Sketch of the medical history of the native army of Bombay, for the year
Year: 1876
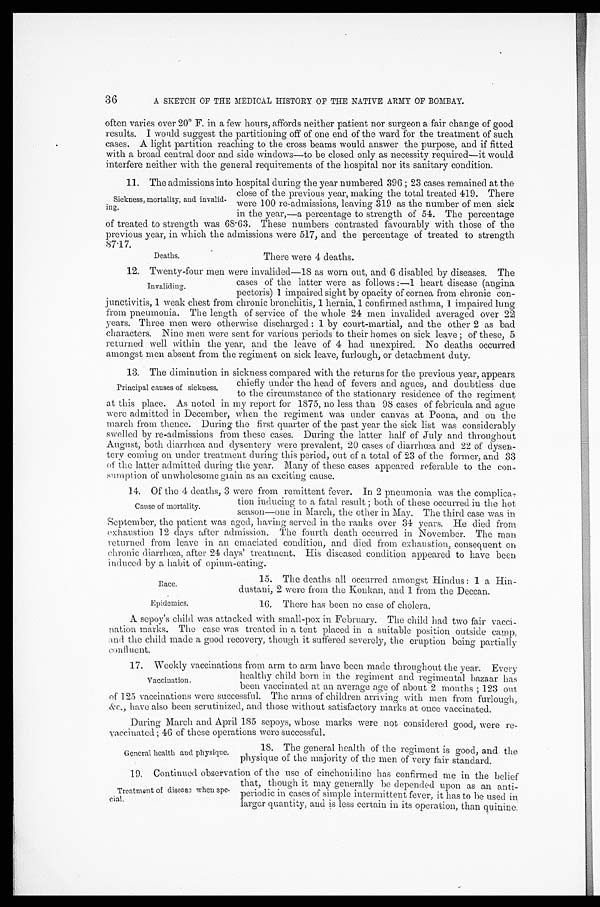
Deaths.
There were 4 deaths.
36
A SKETCH OF THE MEDICAL HISTORY OF THE NATIVE ARMY OF BOMBAY.
often varies over 20° F. in a few hours, affords neither patient nor surgeon a fair change of good
results. I would suggest the partitioning off of one end of the ward for the treatment of such
cases. A light partition reaching to the cross beams would answer the purpose, and if fitted
with a broad central door and side windows—to be closed only as necessity required—it would
interfere neither with the general requirements of the hospital nor its sanitary condition.
11. The admissions into hospital during the year numbered 396; 23 cases remained at the
close of the previous year, making the total treated 419. There
were 100 re-admissions, leaving 319 as the number of men sick
in the year,—a percentage to strength of 54. The percentage
of treated to strength was 68.63. These numbers contrasted favourably with those of the
previous year, in which the admissions were 517, and the percentage of treated to strength
87.17.
Sickness, mortality, and invalid
-ing.
12. Twenty-four men were invalided—18 as worn out, and 6 disabled by diseases. The
cases of the latter were as follows:—1 heart disease (angina
pectoris) 1 impaired sight by opacity of cornea from chronic con
-junctivitis, 1 weak chest from chronic bronchitis, 1 hernia, 1 confirmed asthma, 1 impaired lung
from pneumonia. The length of service of the whole 24 men invalided averaged over 22
years. Three men were otherwise discharged: 1 by court-martial, and the other 2 as bad
characters. Nine men were sent for various periods to their homes on sick leave; of these, 5
returned well within the year, and the leave of 4 had unexpired. No deaths occurred
amongst men absent from the regiment on sick leave, furlough, or detachment duty.
13. The diminution in sickness compared with the returns for the previous year, appears
chiefly under the head of fevers and agues, and doubtless due
to the circumstance of the stationary residence of the regiment
at this place. As noted in my report for 1875, no less than 98 cases of febricula and ague
were admitted in December, when the regiment was under canvas at Poona, and on the
march from thence. During the first quarter of the past year the sick list was considerably
swelled by re-admissions from these cases. During the latter half of July and throughout
August, both diarrhœa and dysentery were prevalent, 20 cases of diarrhœa and 22 of dysen-
-tery coming on under treatment during this period, out of a total of 23 of the former, and 33
of the latter admitted during the year. Many of these cases appeared referable to the con
-sumption of unwholesome grain as an exciting cause.
14. Of the 4 deaths, 3 were from remittent fever. In 2 pneumonia was the complica-
tion inducing to a fatal result; both of these occurred in the hot
season—one in March, the other in May. The third case was in
September, the patient was aged, having served in the ranks over 34 years. He died from
exhaustion 12 days after admission. The fourth death occurred in November. The man
returned from leave in an emaciated condition, and died from exhaustion, consequent on
chronic diarrhœa, after 24 days' treatment. His diseased condition appeared to have been
induced by a habit of opium-eating.
15. The deaths all occurred amongst Hindus: 1 a Hin
-dustani, 2 were from the Konkan, and 1 from the Deccan.
Invaliding.
Principal causes of sickness.
Cause of mortality.
Race.
Epidemics.
16. There has been no case of cholera.
A sepoy's child was attacked with small-pox in February. The child had two fair vacci
-nation marks. The case was treated in a tent placed in a suitable position outside camp,
and the child made a good recovery, though it suffered severely, the eruption being partially
confluent.
17. Weekly vaccinations from arm to arm have been made throughout the year. Every
healthy child born in the regiment and regimental bazaar has
been vaccinated at an average age of about 2 months; 123 out
of 125 vaccinations were successful. The arms of children arriving with men from furlough,
&c., have also been scrutinized, and those without satisfactory marks at once vaccinated.
During March and April 185 sepoys, whose marks were not considered good, were re
-vaccinated; 46 of these operations were successful.
Vaccination.
General health and physique.
18. The general health of the regiment is good, and the
physique of the majority of the men of very fair standard.
19. Continued observation of the use of cinchonidine has confirmed me in the belief
that, though it may generally be depended upon as an anti
-periodic in cases of simple intermittent fever, it has to be used in
larger quantity, and is less certain in its operation, than quinine.
Treatment of disease when spe
-cial.